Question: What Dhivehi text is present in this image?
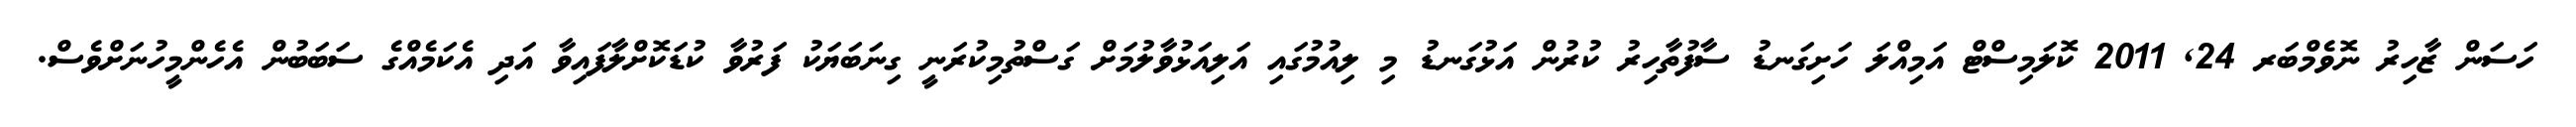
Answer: ހަސަން ޒާހިރު ނޮވެމްބަރ 24, 2011 ކޮލަމިސްޓް އަމިއްލަ ހަށިގަނޑު ސާފުތާހިރު ކުރުން އަޅުގަނޑު މި ލިއުމުގައި އަލިއަޅުވާލުމަށް ގަސްތުމިކުރަނީ ގިނަބަޔަކު ފަރުވާ ކުޑަކޮށްލާފައިވާ އަދި އެކަމެއްގެ ސަބަބުން އެހެންމީހުނަށްވެސް.